Document type: Dowry acquittance
Year: 1427
Scribe: Pere Tarafa
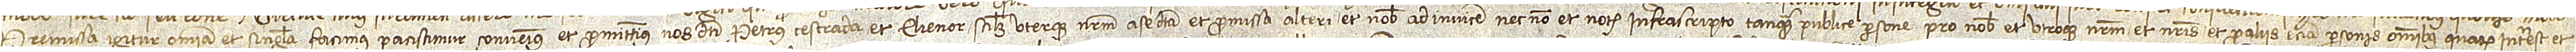
Premissa igitur omnia et singula facimus, paciscimur, convenimus et promittimus nos dicti Petrus Cestrada et Elienor scilicet uterque nostrum a se dicta et promissa alteri et nobis ad invicem necnon et notario infrascripto tanquam publice persone pro nobis et utroque nostrum et nostris et pro aliis etiam personis omnibus quarum interest et